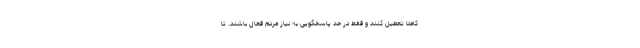
کاملا تعطیل کنند و فقط در حد پاسخگویی به نیاز مردم فعال باشند. تا